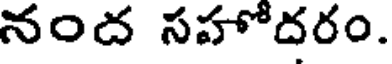
నంద సహోదరం.